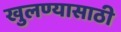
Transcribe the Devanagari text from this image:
खुलण्यासाठी